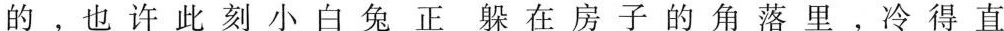
的，也许刺客小白兔正躲在房子里的角落里，冷得直